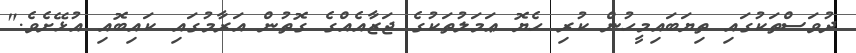
ދުވަސްތަކުގައި ތިޔަބައިމީހުން ކުރި ހެޔޮ ޢަމަލުތަކުގެ ޖަޒާއެއްގެ ގޮތުން އަރާމުގައި ކައިބޮއި އުޅޭށެވެ."